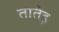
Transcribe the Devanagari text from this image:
तातेड़